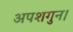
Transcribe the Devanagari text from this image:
अपशगुन।